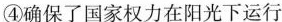
④确保了国家权力在阳光下运行